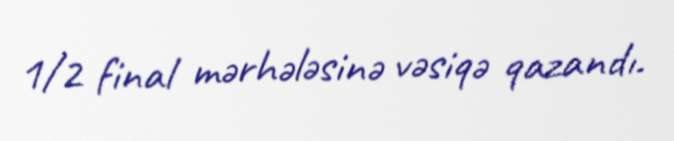
1/2 final mərhələsinə vəsiqə qazandı.